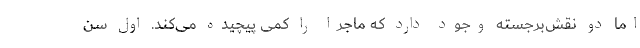
اما دو نقش‌برجسته وجود دارد که ماجرا را کمی پیچیده می‌کند. اول سن